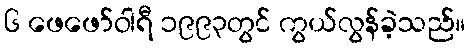
၆ ဖေဖော်ဝါရီ ၁၉၉၃တွင် ကွယ်လွန်ခဲ့သည်။